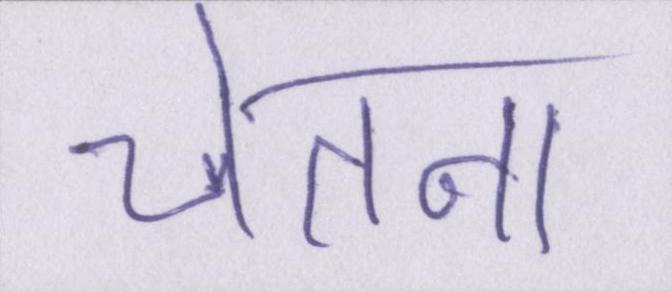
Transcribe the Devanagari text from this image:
चेतना